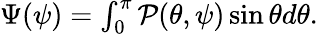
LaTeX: \begin{array}{r}{\Psi(\psi)=\int_{0}^{\pi}\mathcal{P}(\theta,\psi)\sin\theta d\theta.}\end{array}